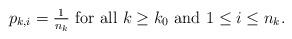
LaTeX: \begin{align*}\mbox{$p_{k,i}=\frac{1}{n_k}$ for all $k\geq k_0$ and $1\leq i\leq n_k$.}\end{align*}